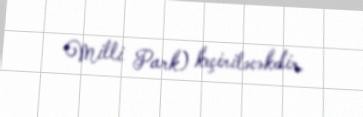
Milli Park) keçiriləcəkdir.